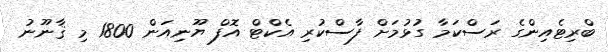
ބްރިޓެއިންގެ ރަސްކަމާ ގުޅުމަށް ފާސްކުރި އެކްޓް އޮފް ޔޫނިއަން 1800 މި ޤާނޫނު